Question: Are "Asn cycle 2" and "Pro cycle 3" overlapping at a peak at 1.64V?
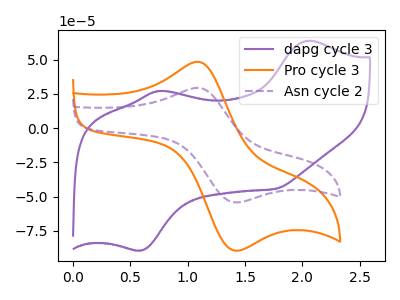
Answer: <think>The purple curve "dapg cycle 3" has anodic peaks at (2.05V, 63.80uA) (0.75V, 27.20uA) and cathodic peaks at (0.60V, -89.35uA) (1.75V, -44.35uA). The orange curve "Pro cycle 3" has an anodic peak at (1.10V, 48.40uA) and a cathodic peak at (1.40V, -89.00uA). The purple dashed curve "Asn cycle 2" has an anodic peak at (1.10V, 29.35uA) and a cathodic peak at (1.40V, -53.95uA).</think>
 <answer>No, "Asn cycle 2" and "Pro cycle 3" dont share a peak at 1.64V.</answer>
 <eval>mismatch</eval>